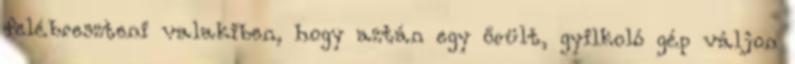
felébreszteni valakiben, hogy aztán egy őrült, gyilkoló gép váljon